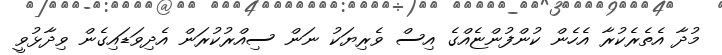
މުދާ އެތެރެކުރާ އެހެން ކުންފުންޏެއްގެ އިސް ވެރިޔަކު ނަން ސިއްރުކުރަން އެދިވަޑައިގެން ވިދާޅުވީ